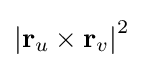
\left|\mathbf {r} _{u}\times \mathbf {r} _{v}\right|^{2}